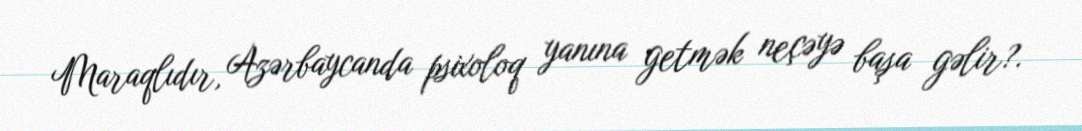
Maraqlıdır, Azərbaycanda psixoloq yanına getmək neçəyə başa gəlir?.